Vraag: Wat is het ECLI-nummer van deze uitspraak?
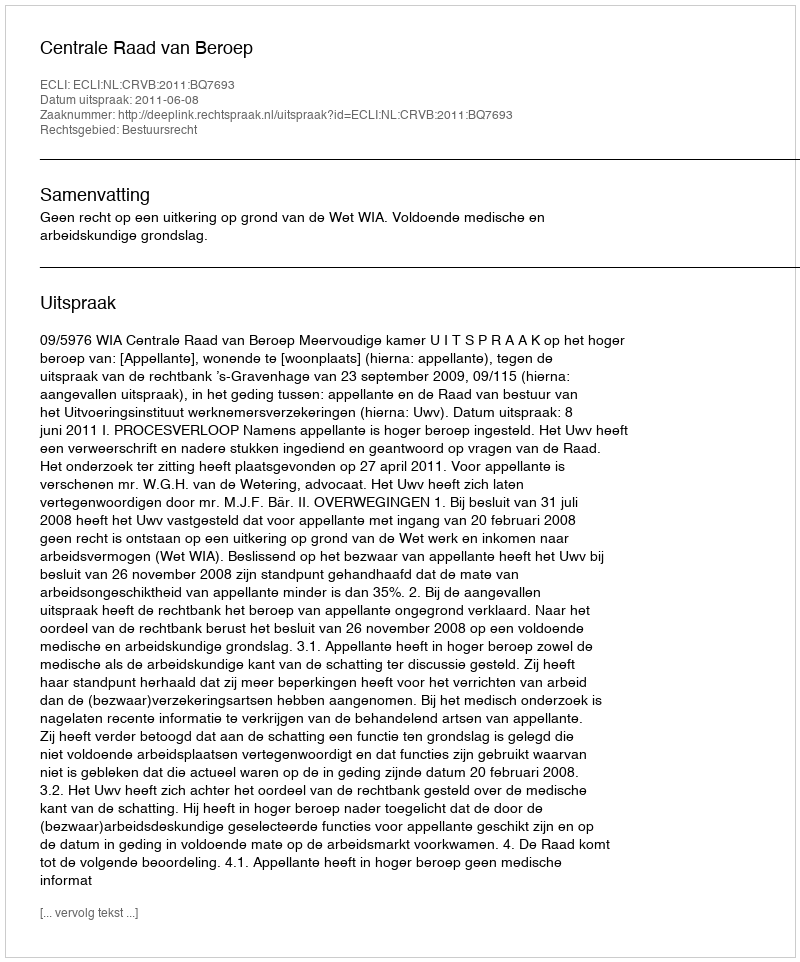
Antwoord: ECLI:NL:CRVB:2011:BQ7693